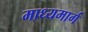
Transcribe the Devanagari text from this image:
माध्यमार्ग